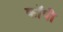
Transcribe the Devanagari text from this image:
काॅपी